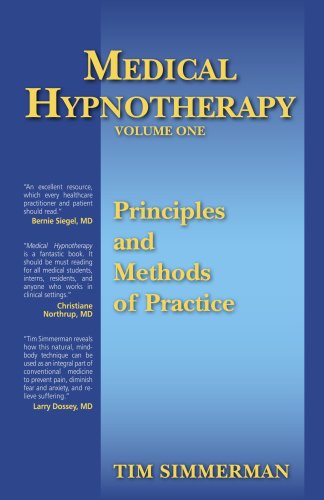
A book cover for Medical Hypnotherapy, Vol. 1, Principles and Methods of Practice; Tim Simmerman; Health, Fitness & Dieting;